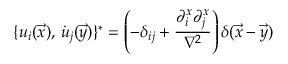
\{ u _ { i } ( \vec { x } ) , \, \dot { u } _ { j } ( \vec { y } ) \} ^ { * } = \left( - \delta _ { i j } + { \frac { \partial _ { i } ^ { x } \partial _ { j } ^ { x } } { \nabla ^ { 2 } } } \right) \delta ( \vec { x } - \vec { y } )